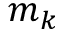
m _ { k }